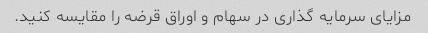
مزایای سرمایه گذاری در سهام و اوراق قرضه را مقایسه کنید.